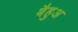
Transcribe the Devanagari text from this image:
बैहुअ